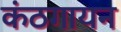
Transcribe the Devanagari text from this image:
कंठगायन